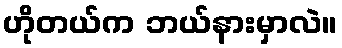
ဟိုတယ်က ဘယ်နားမှာလဲ။